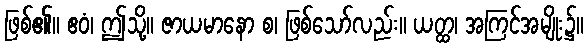
ဖြစ်၏။ ဧဝံ၊ ဤသို့။ ဇာယမာနော စ၊ ဖြစ်သော်လည်း။ ယတ္ထ၊ အကြင်အမျိုး၌။